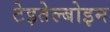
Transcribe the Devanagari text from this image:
टेइतेल्बोइम